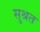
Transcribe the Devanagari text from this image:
सुश्रत